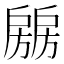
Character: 𰒶